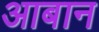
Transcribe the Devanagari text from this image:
आबान